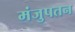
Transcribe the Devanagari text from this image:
मंजुपतन